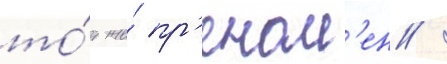
то́т же́ пр'еном'ен /